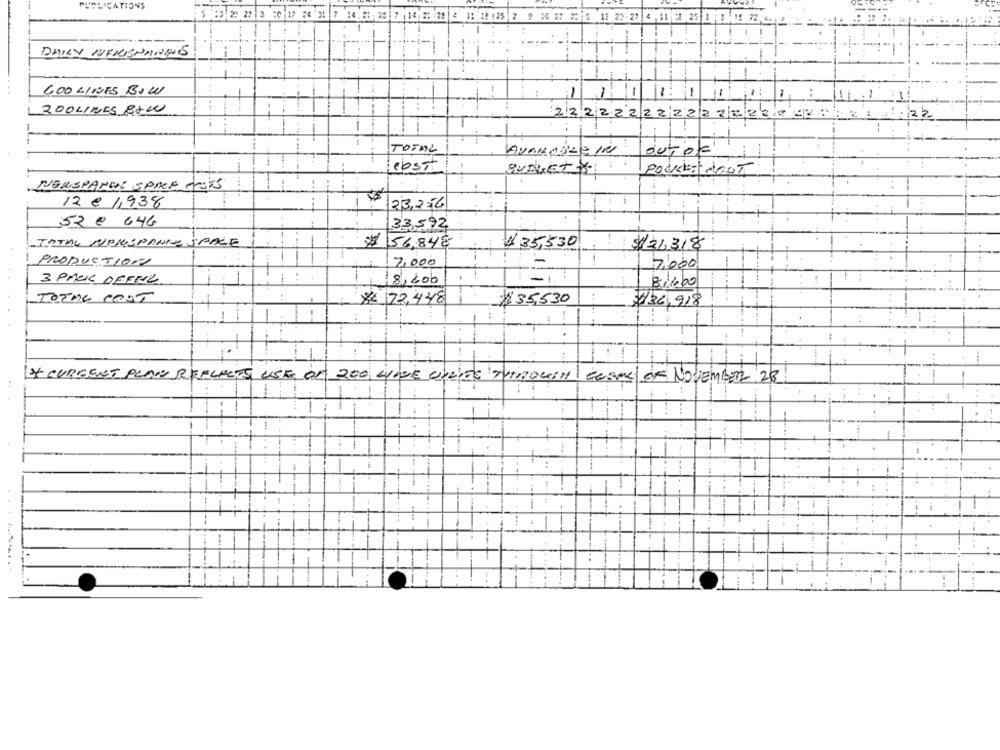
PUBLICATIONS
5 :3 2: 27 3 20 17 24
11 22- 27 4
12: 28 2 11:28 125 2 9 85 27 2015
DAILY MENUSPARES
GOO LINES BOWL
ZOOLINES BAW
222222222222228891
:22
TOTAL
Cost
BUDGETX:
NEWSPANNE SPACE TRES
12 e 1,938
23,256
52 € 646
33,592
INTHE NEWSPANKS SAALE
1,56,848
#35,530
$24318
PRODUCTION
-
2,000
7,000
3 PACKS DEENL
18,400
Bilbo
TOTAL COST
$6 72,448
$35,530
36,918
CURRENT PLAN REFLECTS USES OF 200 LINE CHRISE THROWN ECOME OF NOVEMBER 28
1